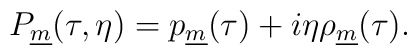
P_{\underline m}(\tau,\eta)=p_{\underline m}(\tau)+i\eta\rho_{\underline m}(\tau).